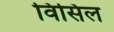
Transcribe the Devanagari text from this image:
विसिल